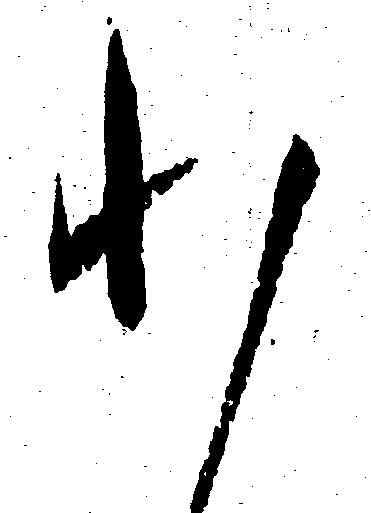
わ